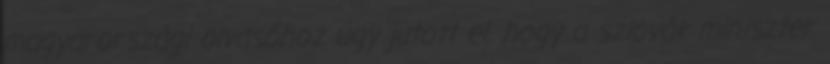
magyarországi olvasóhoz úgy jutott el, hogy a szlovák miniszter